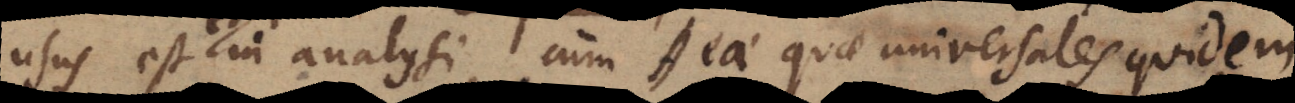
usus est et in analysi, cum ea quae universales quidem